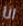
انا